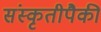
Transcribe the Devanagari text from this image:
संस्कृतीपैकी